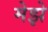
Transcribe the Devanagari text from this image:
मेझे